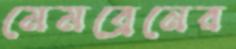
মেমব্রেনের